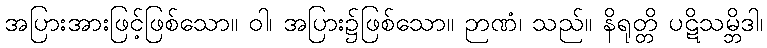
အပြားအားဖြင့်ဖြစ်သော။ ဝါ၊ အပြား၌ဖြစ်သော။ ဉာဏံ၊ သည်။ နိရုတ္တိ ပဋိသမ္ဘိဒါ၊